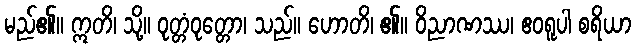
မည်၏။ ဣတိ၊ သို့။ ဝုတ္တံဝုတ္တော၊ သည်။ ဟောတိ၊ ၏။ ဝိညာဏဿ၊ ဧဝရူပါ စရိယာ